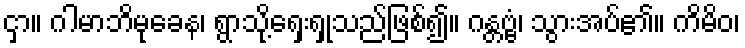
ငှာ။ ဂါမာဘိမုခေန၊ ရွာသို့ရှေးရှုသည်ဖြစ်၍။ ဂန္တဗ္ဗံ၊ သွားအပ်၏။ ကိမိဝ၊